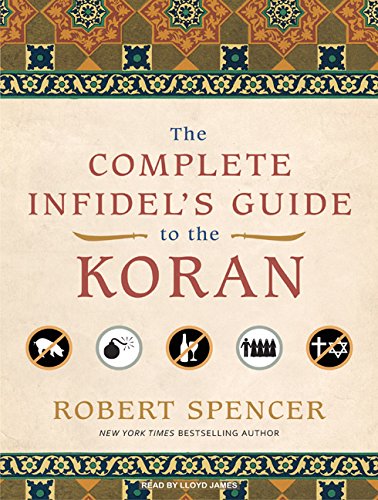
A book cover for The Complete Infidel's Guide to the Koran; Robert Spencer; Religion & Spirituality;